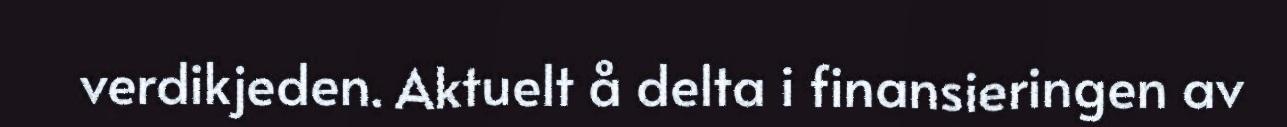
verdikjeden. Aktuelt å delta i finansieringen av